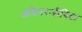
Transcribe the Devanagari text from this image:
अतिपरजीविता